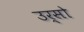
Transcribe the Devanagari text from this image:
उर्सो